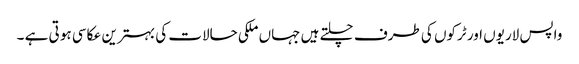
واپس لاریوں اور ٹرکوں کی طرف چلتے ہیں جہاں ملکی حالات کی بہترین عکاسی ہو تی ہے ۔